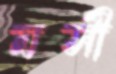
মসী